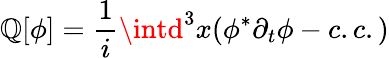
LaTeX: \mathbb{Q}[\phi]=\frac{{1}}{{i}}\intd^{3}x(\phi^{\ast}\partial_{t}\phi-c.c.)